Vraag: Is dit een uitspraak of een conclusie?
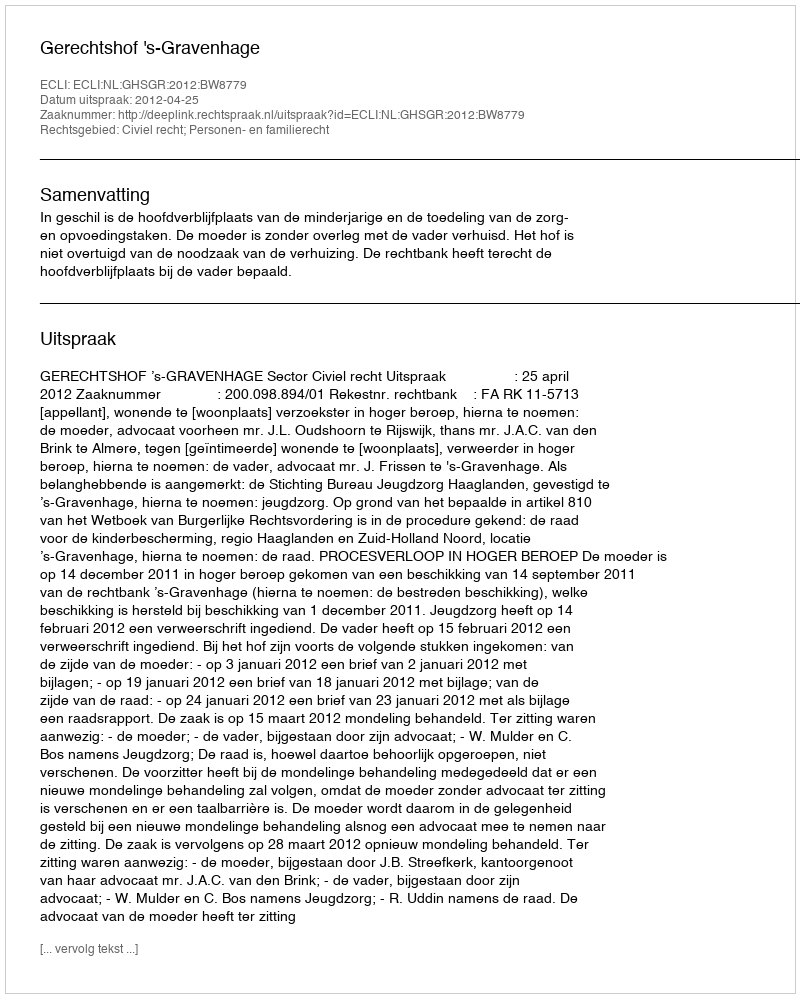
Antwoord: Uitspraak